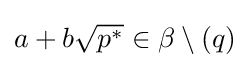
a+b{\sqrt {p^{*}}}\in \beta \setminus (q)